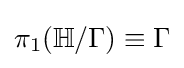
\pi _{1}(\mathbb {H} /\Gamma )\equiv \Gamma